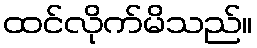
ထင်လိုက်မိသည်။